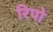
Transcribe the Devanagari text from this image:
रिपो